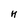
Character: H